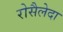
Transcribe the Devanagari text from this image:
रोसैलेदा